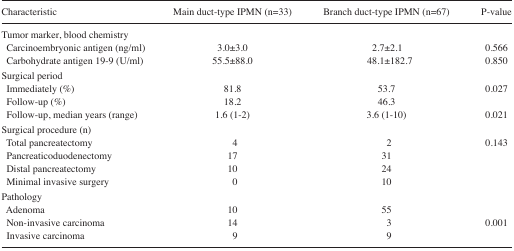
<table><thead><tr><td><b>Characteristic</b></td><td><b>Main duct-type IPMN (n=33)</b></td><td><b>Branch duct-type IPMN (n=67)</b></td><td><b>P-value</b></td></tr></thead><tbody><tr><td>Tumor marker, blood chemistry</td><td></td><td></td><td></td></tr><tr><td>Carcinoembryonic antigen (ng/ml)</td><td>3.0±3.0</td><td>2.7±2.1</td><td>0.566</td></tr><tr><td>Carbohydrate antigen 19–9 (U/ml)</td><td>55.5±88.0</td><td>48.1±182.7</td><td>0.850</td></tr><tr><td>Surgical period</td><td></td><td></td><td></td></tr><tr><td>Immediately (%)</td><td>81.8</td><td>53.7</td><td>0.027</td></tr><tr><td>Follow-up (%)</td><td>18.2</td><td>46.3</td><td></td></tr><tr><td>Follow-up, median years (range)</td><td>1.6 (1–2)</td><td>3.6 (1–10)</td><td>0.021</td></tr><tr><td>Surgical procedure (n)</td><td></td><td></td><td></td></tr><tr><td>Total pancreatectomy</td><td>4</td><td>2</td><td>0.143</td></tr><tr><td>Pancreaticoduodenectomy</td><td>17</td><td>31</td><td></td></tr><tr><td>Distal pancreatectomy</td><td>10</td><td>24</td><td></td></tr><tr><td>Minimal invasive surgery</td><td>0</td><td>10</td><td></td></tr><tr><td>Pathology</td><td></td><td></td><td></td></tr><tr><td>Adenoma</td><td>10</td><td>55</td><td></td></tr><tr><td>Non-invasive carcinoma</td><td>14</td><td>3</td><td>0.001</td></tr><tr><td>Invasive carcinoma</td><td>9</td><td>9</td><td></td></tr></tbody></table>